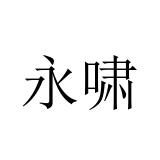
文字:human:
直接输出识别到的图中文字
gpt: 永啸